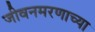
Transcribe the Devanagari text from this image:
जीवनमरणाच्या